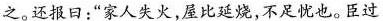
之。还报日：”家人失火，屋比延烧，不足忧也。臣过